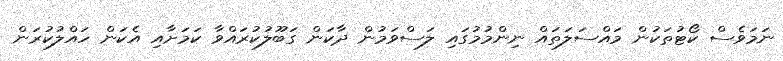
ނަމަވެސް ކޯޓުތަކުން މައްސަލަތައް ނިންމުމުގައި ލަސްވަމުން ދާކަން ގަބޫލުކުރައްވާ ކަމަށާއި އެކަން ހައްލުކުރަން